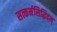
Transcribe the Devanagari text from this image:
सत्कर्मसिद्धिदम्